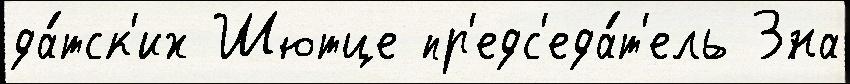
да́тск'их Шютце пр'едс'еда́т'ель 3на